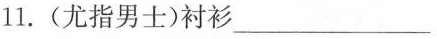
11.(尤指男士)衬衫___